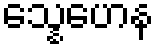
သ္နေဟေန